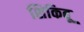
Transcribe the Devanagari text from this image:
शिकिबू